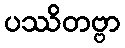
ပဿိတဗ္ဗာ